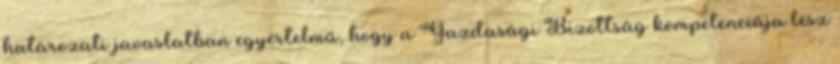
határozati javaslatban egyértelmű, hogy a Gazdasági Bizottság kompetenciája lesz